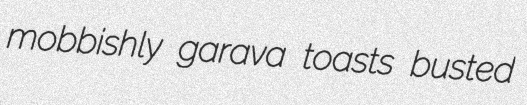
mobbishly garava toasts busted